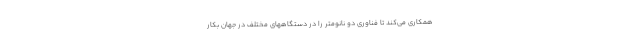
همکاری می‌کند تا فناوری دو نانومتر را در دستگاههای مختلف در جهان بکار